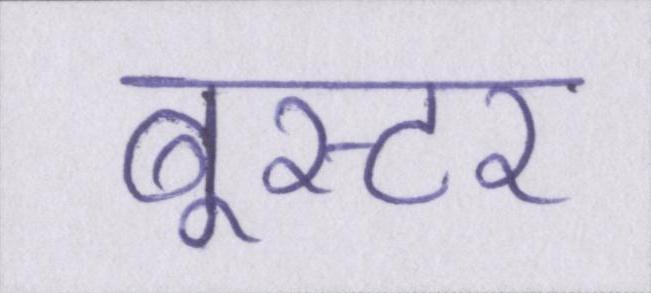
बूस्टर